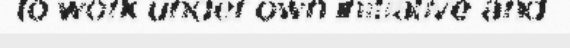
to work under own initiative and